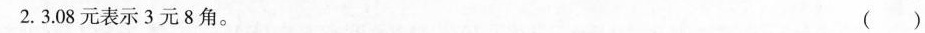
2.3.08元表示3元8角。 ()